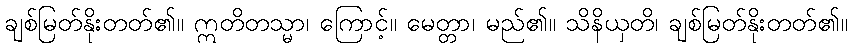
ချစ်မြတ်နိုးတတ်၏။ ဣတိတသ္မာ၊ ကြောင့်။ မေတ္တာ၊ မည်၏။ သိနိယှတိ၊ ချစ်မြတ်နိုးတတ်၏။